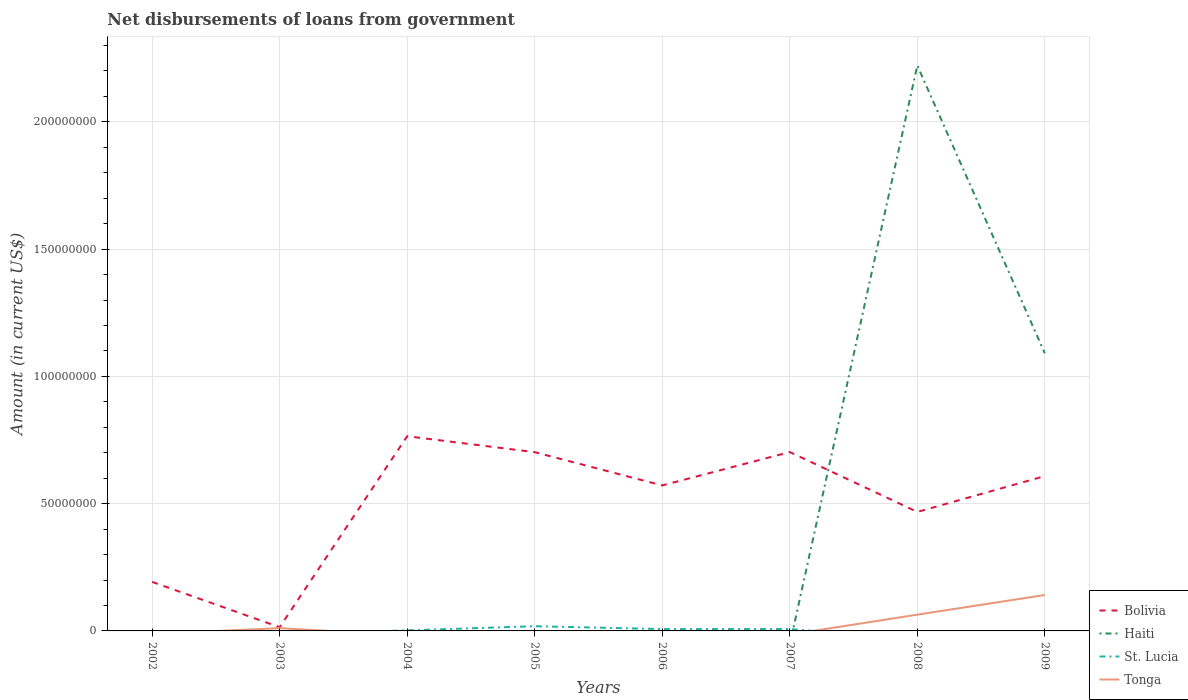
| Years | Bolivia | Haiti | St. Lucia | Tonga |
 | --- | --- | --- | --- | --- |
 | 2002 | 1.93e+07 | -3.95e+06 | -5.4e+04 | -1.21e+06 |
 | 2003 | 1.46e+06 | -8.81e+05 | -1.16e+06 | 1.09e+06 |
 | 2004 | 7.65e+07 | -3.69e+06 | 2.13e+05 | -1.77e+06 |
 | 2005 | 7.02e+07 | -4.96e+06 | 1.85e+06 | -1.08e+06 |
 | 2006 | 5.72e+07 | -2.87e+06 | 7.25e+05 | -1.2e+06 |
 | 2007 | 7.03e+07 | -5.32e+06 | 7.51e+05 | -1.43e+06 |
 | 2008 | 4.68e+07 | 2.22e+08 | -3.47e+06 | 6.39e+06 |
 | 2009 | 6.08e+07 | 1.09e+08 | -3.38e+06 | 1.41e+07 |